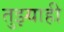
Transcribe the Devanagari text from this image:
तुझ्याही